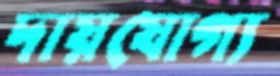
দায়যোগ্য